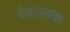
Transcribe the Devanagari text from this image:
देवदत्तक